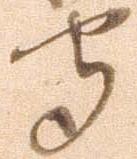
守